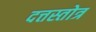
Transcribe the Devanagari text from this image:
दत्तस्तोत्र